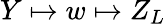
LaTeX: Y\mapsto w\mapsto Z_{L}